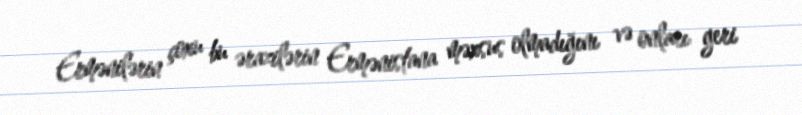
Ermənilərin çoxu bu ərazilərin Ermənistana məxsus olmadığını və onları geri